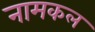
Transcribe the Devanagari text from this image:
नामकल